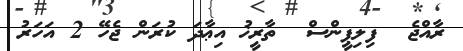
ރާއްޖެ  ފިލިޕީންސް  ތާރީޚު އިޢާދަ ކުރަން ޖެހޭ 2 އަހަރު